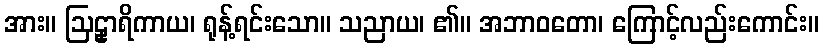
အား။ ဩဠှာရိကာယ၊ ရုန့်ရင်းသော။ သညာယ၊ ၏။ အဘာဝတော၊ ကြောင့်လည်းကောင်း။